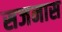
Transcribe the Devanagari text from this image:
सजनास